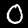
Label: 0